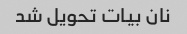
نان بیات تحویل شد